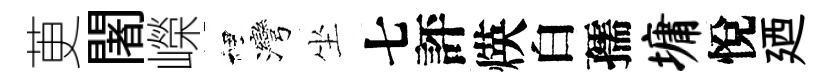
茰闍嶸裡灣坐七評煐白孺墉悅廼